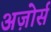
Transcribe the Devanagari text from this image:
अज़ोर्स